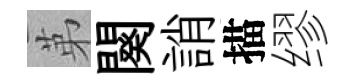
苐闋誚描缪